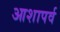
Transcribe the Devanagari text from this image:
आशापर्व